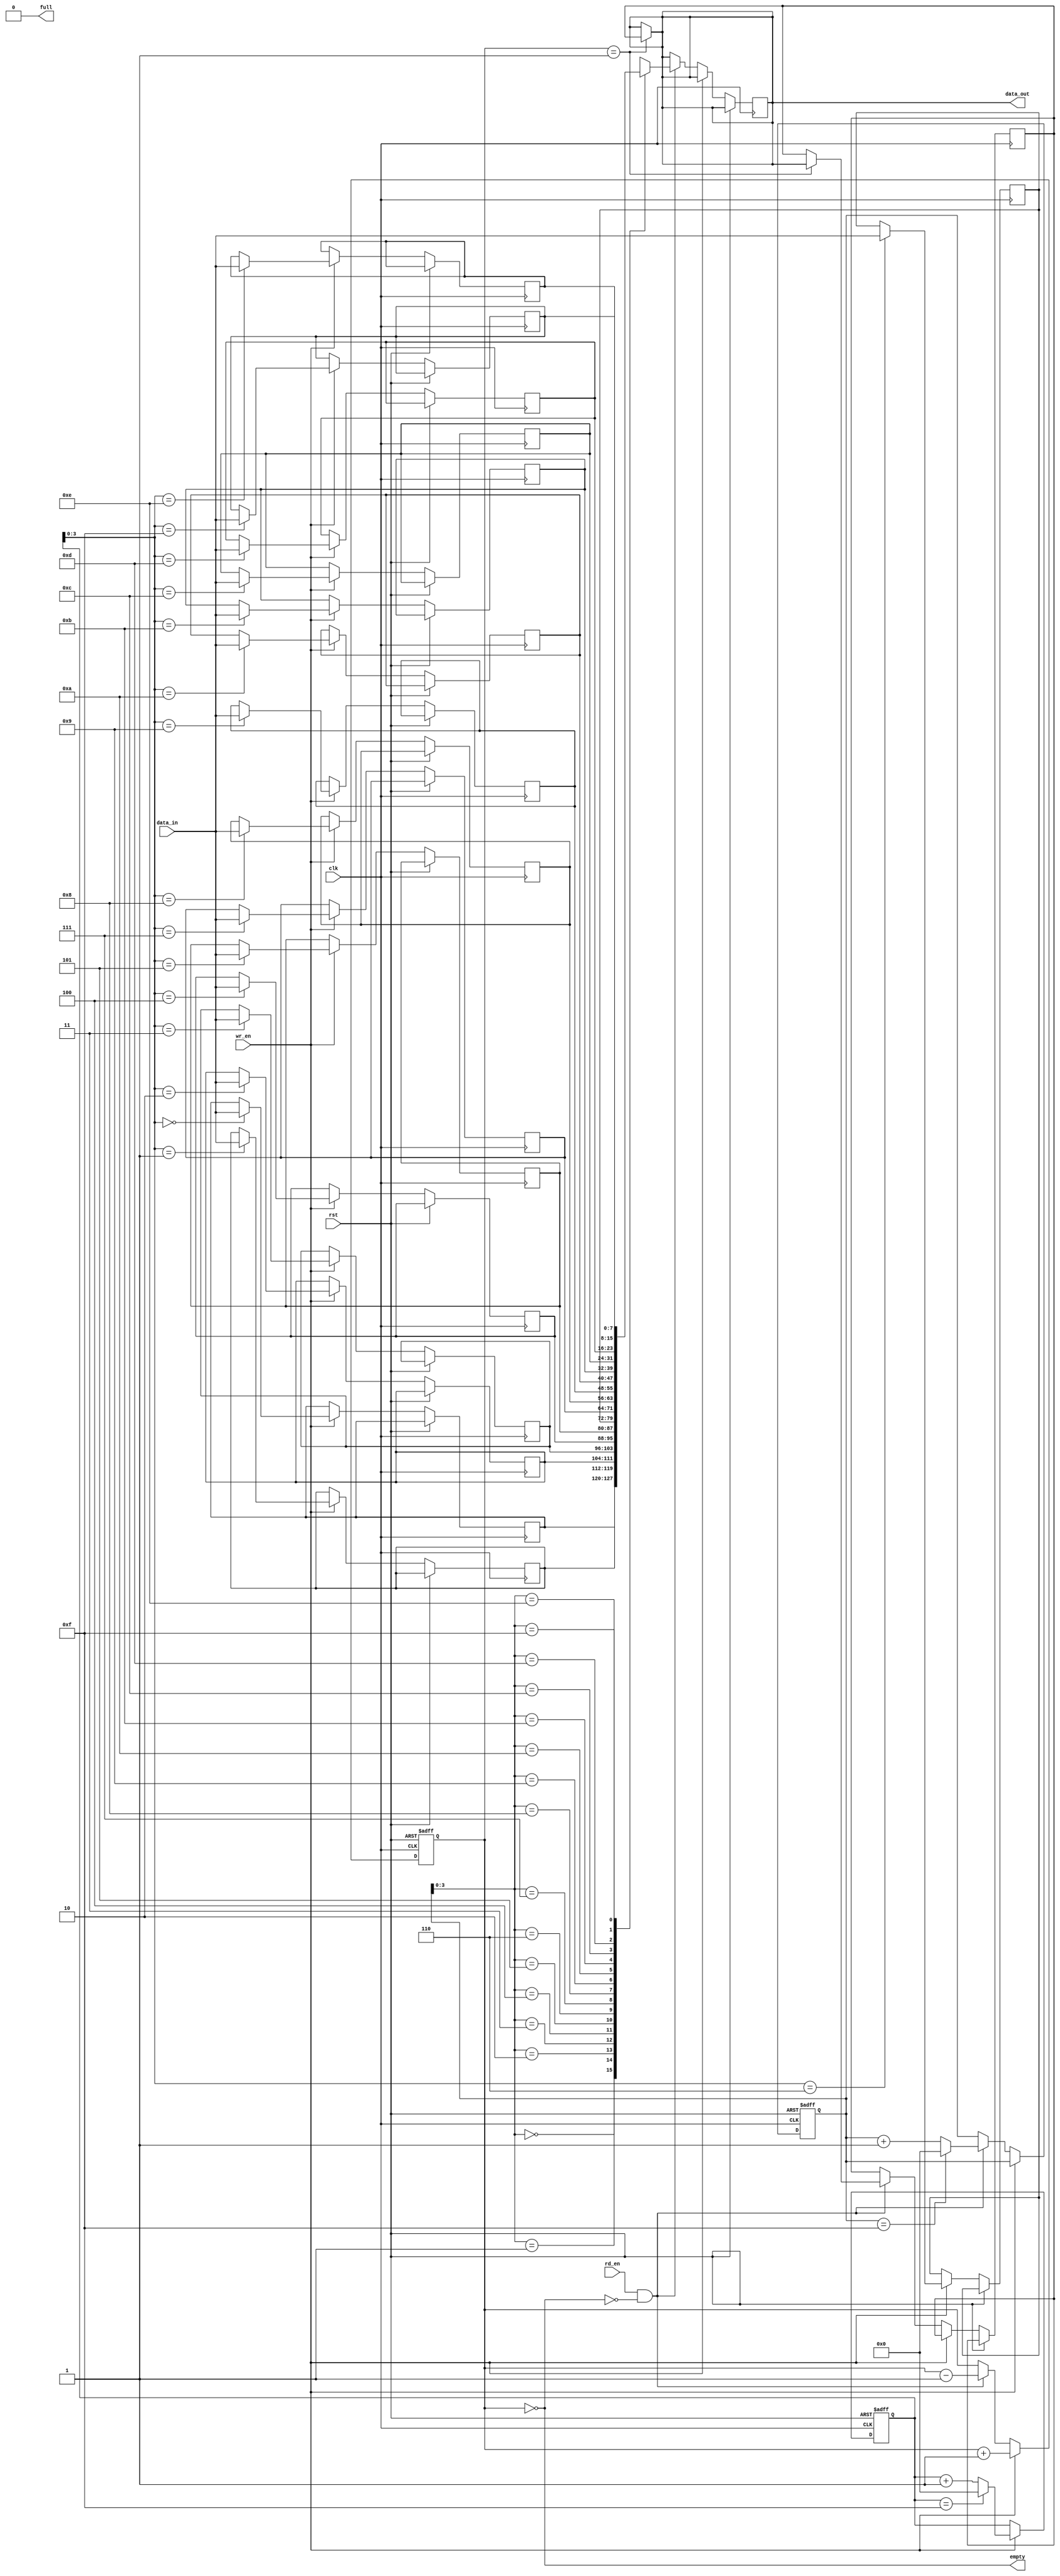
module last_word_fall_through_fifo (
    input wire clk,
    input wire rst,
    input wire wr_en,
    input wire rd_en,
    input wire [DATA_WIDTH-1:0] data_in,
    output wire [DATA_WIDTH-1:0] data_out,
    output wire full,
    output wire empty
);

parameter DEPTH = 16;
parameter DATA_WIDTH = 8;

reg [DATA_WIDTH-1:0] fifo[DEPTH-1:0];
reg [DATA_WIDTH-1:0] last_word;

reg [4:0] wr_ptr;
reg [4:0] rd_ptr;
reg [3:0] count;

assign full = (count == DEPTH);
assign empty = (count == 0);

always @ (posedge clk or posedge rst)
begin
    if (rst)
    begin
        wr_ptr <= 0;
        rd_ptr <= 0;
        count <= 0;
    end
    else
    begin
        if (wr_en && !full)
        begin
            fifo[wr_ptr] <= data_in;
            wr_ptr <= (wr_ptr == DEPTH-1) ? 0 : wr_ptr + 1;
            count <= count + 1;
        end
        else if (rd_en && !empty)
        begin
            data_out <= fifo[rd_ptr];
            rd_ptr <= (rd_ptr == DEPTH-1) ? 0 : rd_ptr + 1;
            count <= count - 1;

            if (count == 1)
            begin
                last_word <= data_out;
            end
        end
    end
end

assign data_out = (count == 1) ? last_word : data_out;

endmodule